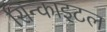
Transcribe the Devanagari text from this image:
सिन्काइटल